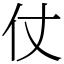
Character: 仗